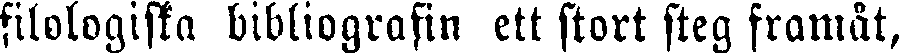
filologiska bibliografin ett stort steg framåt,